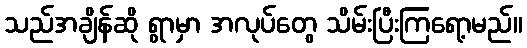
သည်အချိန်ဆို ရွာမှာ အလုပ်တွေ သိမ်းပြီးကြရော့မည်။